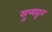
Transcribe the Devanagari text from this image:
सुप्याहून